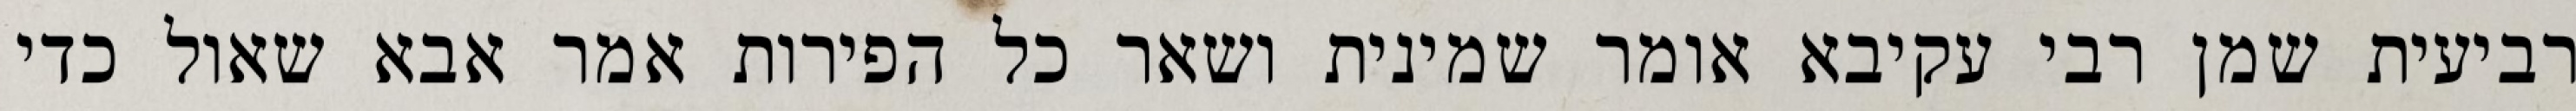
רביעית שמן רבי עקיבא אומר שמינית ושאר כל הפירות אמר אבא שאול כדי